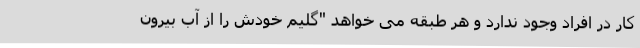
کار در افراد وجود ندارد و هر طبقه می خواهد "گلیم خودش را از آب بیرون